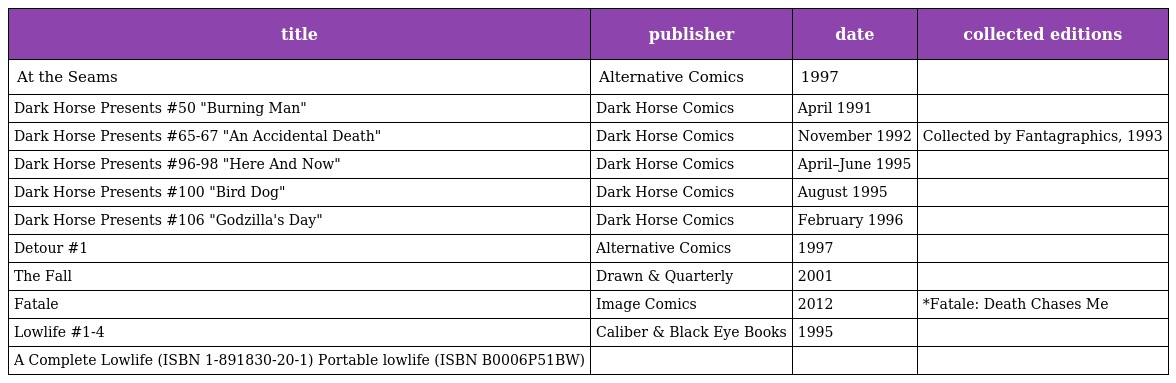
| title | publisher | date | collected editions |
 | --- | --- | --- | --- |
 | At the Seams | Alternative Comics | 1997 |  |
 | Dark Horse Presents #50 "Burning Man" | Dark Horse Comics | April 1991 |  |
 | Dark Horse Presents #65-67 "An Accidental Death" | Dark Horse Comics | November 1992 | Collected by Fantagraphics, 1993 |
 | Dark Horse Presents #96-98 "Here And Now" | Dark Horse Comics | April–June 1995 |  |
 | Dark Horse Presents #100 "Bird Dog" | Dark Horse Comics | August 1995 |  |
 | Dark Horse Presents #106 "Godzilla's Day" | Dark Horse Comics | February 1996 |  |
 | Detour #1 | Alternative Comics | 1997 |  |
 | The Fall | Drawn & Quarterly | 2001 |  |
 | Fatale | Image Comics | 2012 | *Fatale: Death Chases Me |
 | Lowlife #1-4 | Caliber & Black Eye Books | 1995 |  |
 | A Complete Lowlife (ISBN 1-891830-20-1) Portable lowlife (ISBN B0006P51BW) |  |  |  |